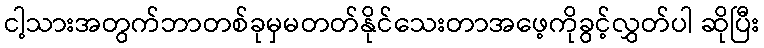
ငါ့သားအတွက်ဘာတစ်ခုမှမတတ်နိုင်သေးတာအဖေ့ကိုခွင့်လွှတ်ပါ ဆိုပြီး